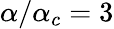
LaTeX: \alpha/\alpha_{c}=3